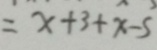
= x + 3 + x - 5